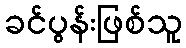
ခင်ပွန်းဖြစ်သူ